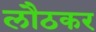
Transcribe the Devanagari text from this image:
लौठकर